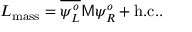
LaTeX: { \cal L } _ { \mathrm { m a s s } } = \overline { { { \psi _ { L } ^ { o } } } } { \sf M } \psi _ { R } ^ { o } + \mathrm { h . c . . }